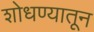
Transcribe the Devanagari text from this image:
शोधण्यातून